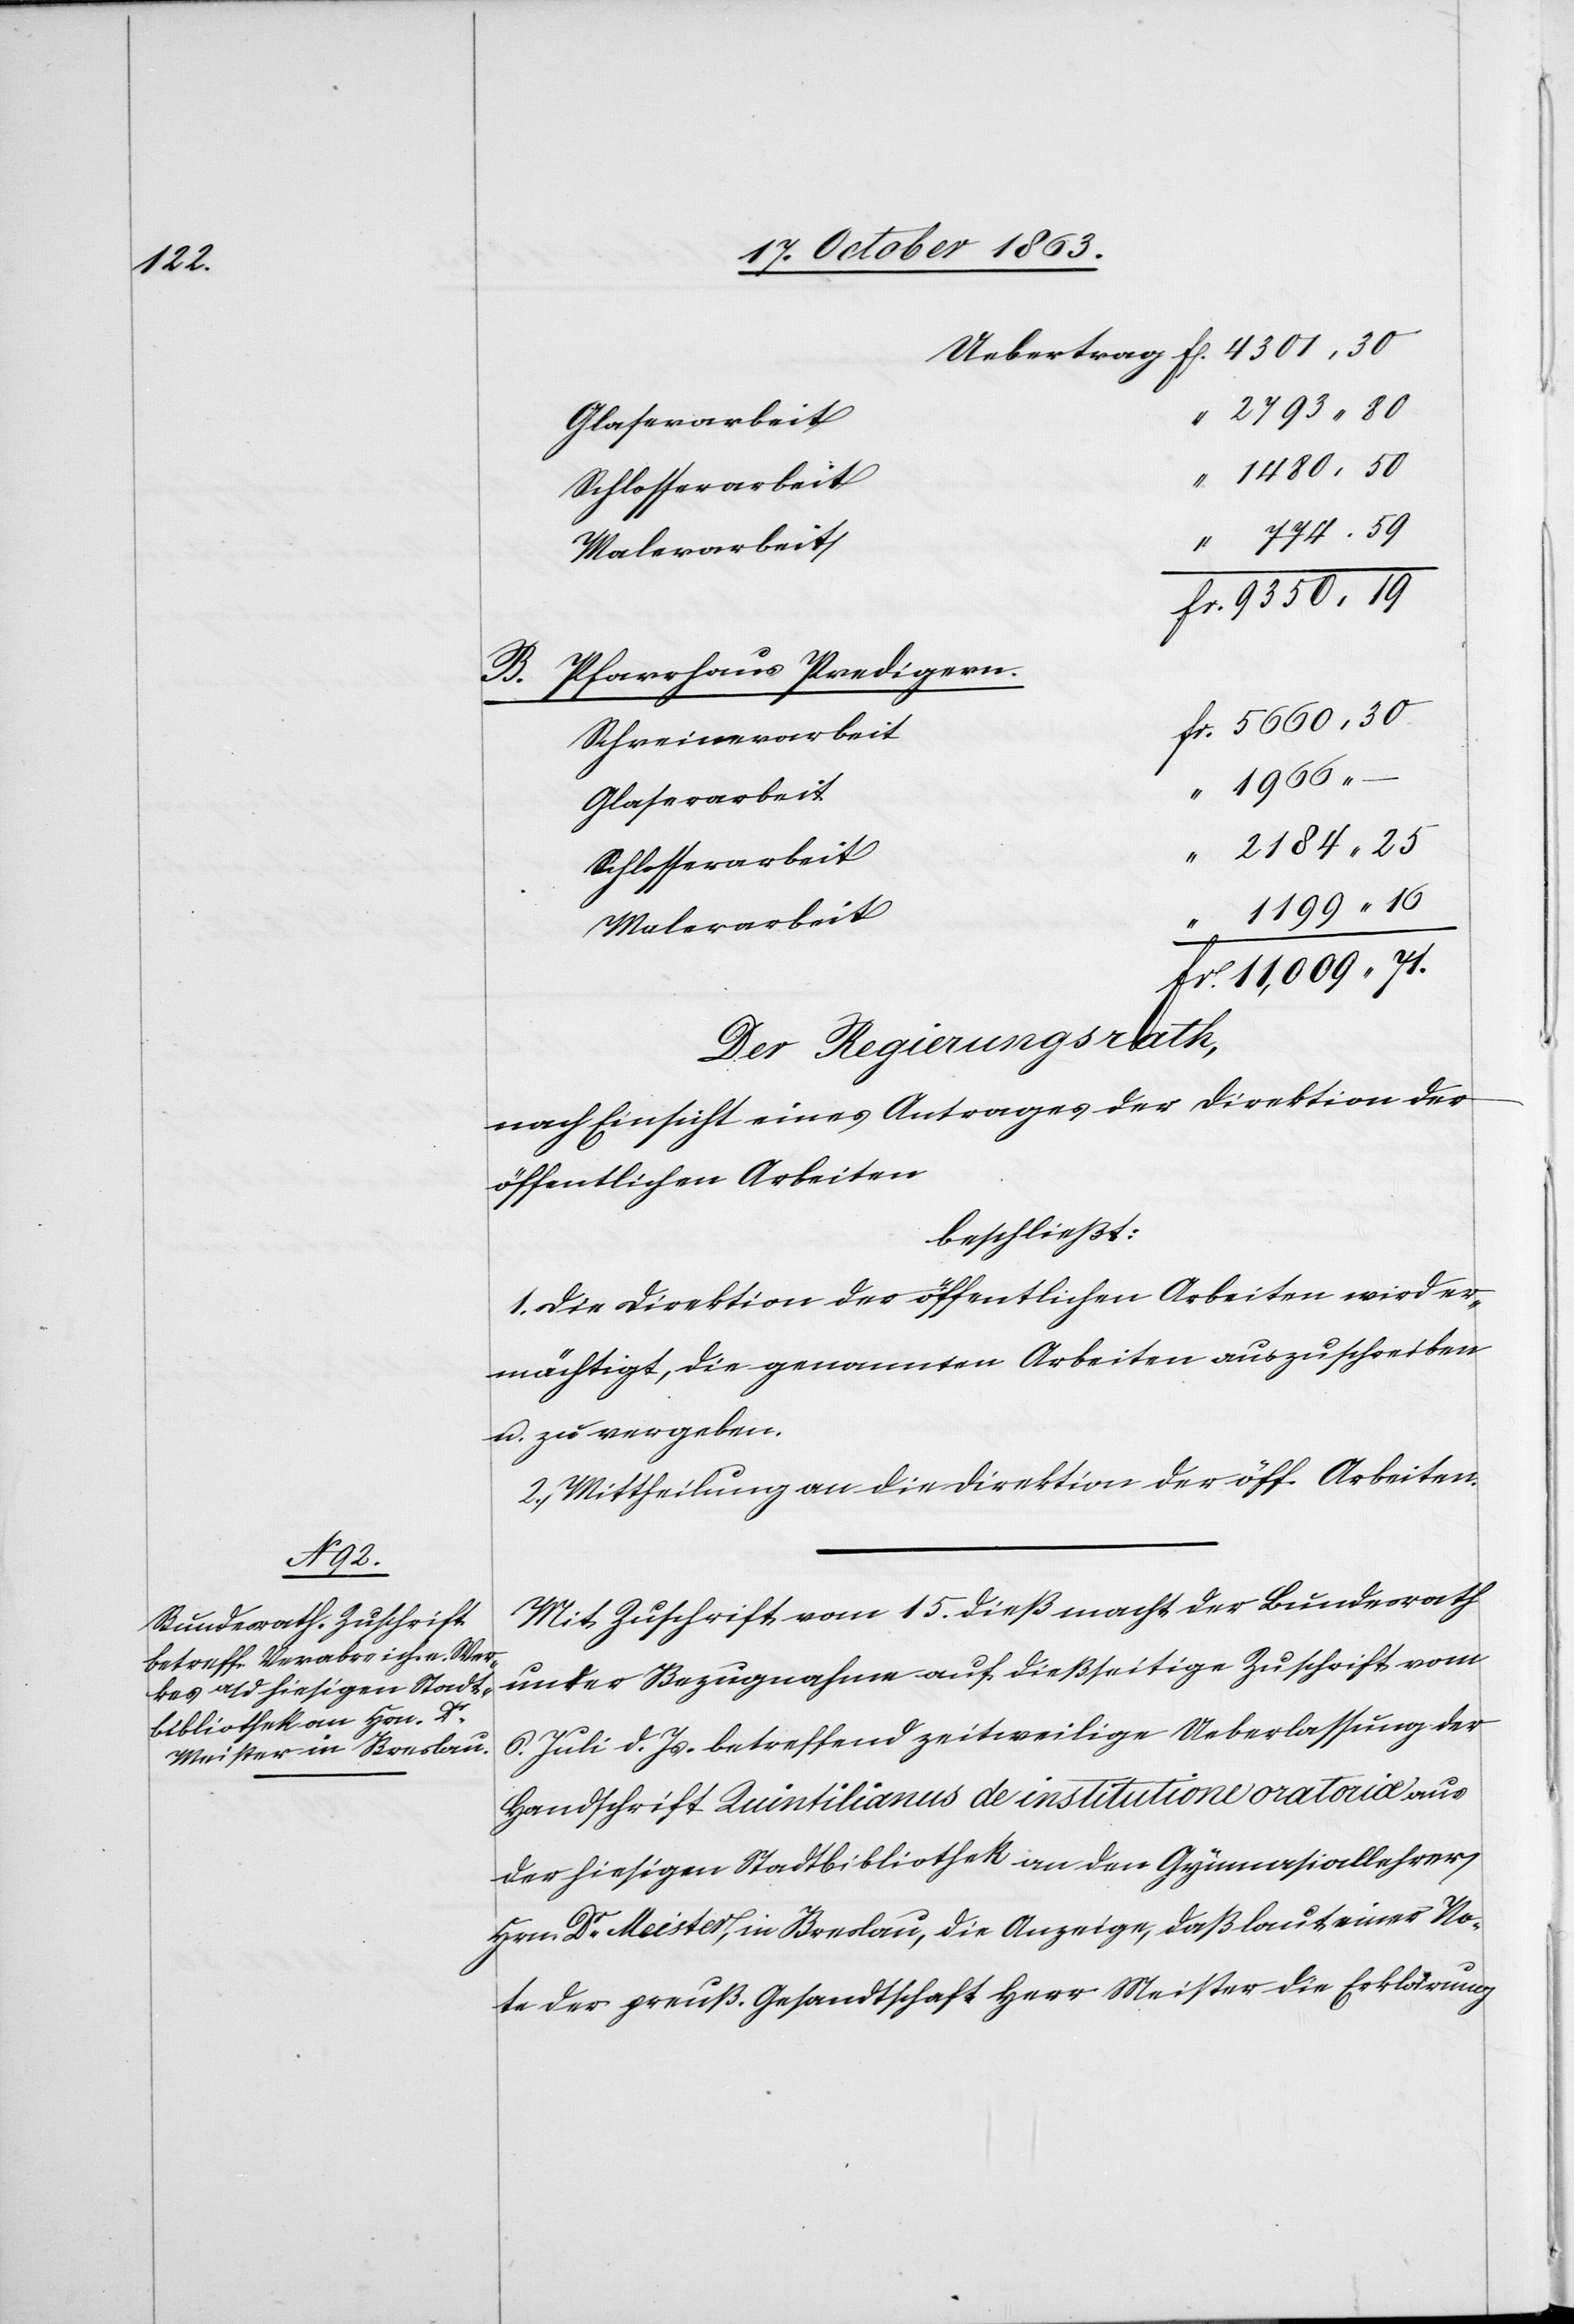
71.

11,009.

Glaserarbeit
B. Pfarrhaus Predigern.
Schreinerarbeit
Schlosserarbeit
1199.
Malerarbeit
Der Regierungsrath,
nach Einsicht eines Antrages der Direktion der
öffentlichen Arbeiten
beschließt:
1. Die Direktion der öffentlichen Arbeiten wird er¬
mächtigt, die genannten Arbeiten auszuschreiben
u. zu vergeben.
2. Mittheilung an die Direktion der öff. Arbeiten.
Mit Zuschrift vom 15. dieß macht der Bundesrath
unter Bezugnahme auf dießseitige Zuschrift vom
6. Juli d. Js. betreffend zeitweilige Ueberlassung der
Handschrift Quintilianus de institutione oratoriæ aus
der hiesigen Stadtbibliothek an den Gymnasiallehrer
Hrn Dr Meister, in Breslau, die Anzeige, daß laut einer No¬
te der preuß. Gesandtschaft Herr Meister die Erklärung